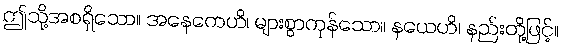
ဤသို့အစရှိသော။ အနေကေဟိ၊ များစွာကုန်သော။ နယေဟိ၊ နည်းတို့ဖြင့်။